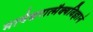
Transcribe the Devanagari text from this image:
मायेश्वरात्मैक्यविज्ञानं